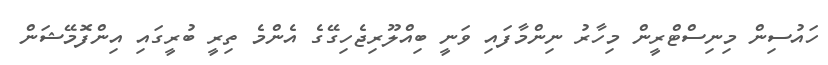
ހައުސިން މިނިސްޓްރީން މިހާރު ނިންމާފައި ވަނީ ބިއްލޫރިޖެހިގޭގެ އެންމެ ތިރީ ބުރީގައި އިންފޮމޭޝަން